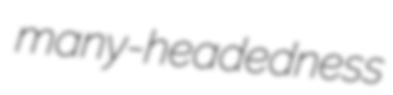
many-headedness